Annual statistical returns and brief notes on vaccination in Bengal - 1909-1929
Year: 1909
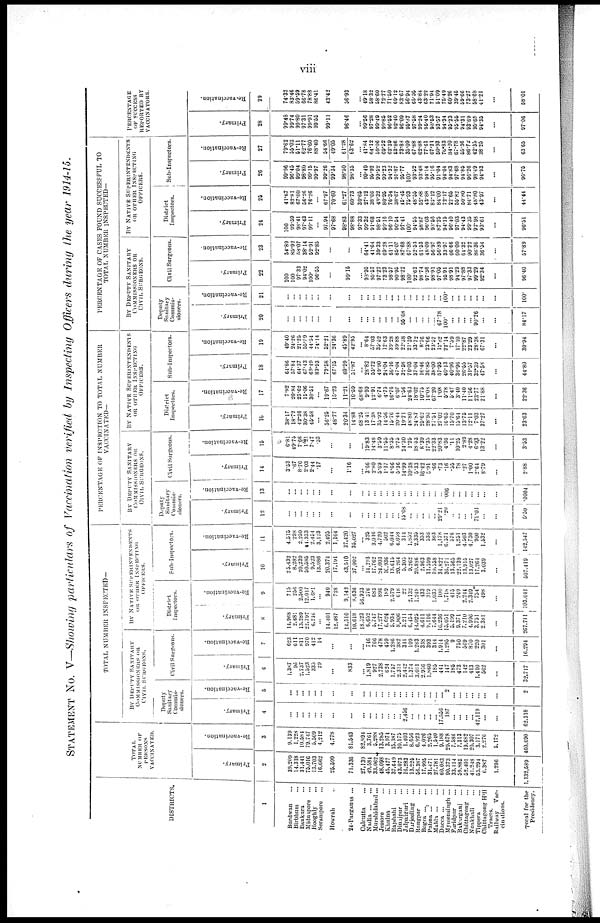
viii
STATEMENT No. V—Showing particulars of Vaccination verified by Inspecting Officers during the year 1914-15.
DISTRICTS.
1
Burdwan ...
Birbhum ...
Bankura ...
Midnapore ...
Hooghly ...
Serampore ...
Howrah ...
24-Parganas ...
Calcutta ...
Nadia
...
...
Murshidabad...
Jessore ...
Khulna ...
Rajshahi ...
Dinajpur ...
Julpaiguri
...
Darjeeling ...
Rangpur ...
Bogra
...
...
Pabna
...
...
Malda
...
...
Dacca
...
...
Mymensingh ...
Faridpur ...
Bakarganj ...
Chittagong ...
Noakhali ...
Tippera ...
Chittagong Hil1
Tracts.
Railway Vac¬
cinations.
Total for the
Presidency.
TOTAL
NUMBER OF
PERSONS
VACCINATED.
Primary.
2
39,209
14,318
31,441
75,016
13,703
16,662
25,599
71,336
27,139
49,534
33,062
48,098
45,477
37,649
43,073
16,283
13,225
56,387
17,995
31,471
27,781
60,083
90,373
33,114
59,885
52,401
41,248
53,294
6,387
1,296
1,132,589
Re-vaccination.
3
9,139
1,228
10,584
79,747
5,509
4,212
4,778
81,543
82,894
3,761
5,288
13,285
3,974
15,387
10,175
1,403
8,656
6,923
4,026
2,265
1,540
9,188
29,678
7,586
7,313
19,682
20,307
3,171
2,276
5,172
460,690
TOTAL NUMBER INSPECTED—
BY DEPUTY SANITARY
COMMISSIONERS OR
CIVIL SURGEONS.
Deputy
Sanitary
Commis-
sioners.
Primary.
4
...
...
...
...
... ...
...
...
...
...
...
...
...
...
... 2,456
...
... ...
... ...
17,556
187
...
...
... ...
42,119
...
...
62,318
Re-vaccination.
5
. . .
...
...
...
...
...
...
...
...
...
...
...
...
...
...
...
...
...
...
...
...
... 2
...
...
...
...
...
...
...
2
Civil Surgeons.
Primary.
6
1,387
96
2,737
1,523
335
29
...
833
... 1,819
927
2,738
624
1,757
2,311
2,442
1,374
3,011
2,936
1,860
185
441
147
185
473
142
413
1,410
562
...
32,717
Re-vaccination.
7
623
611
811
970
412
14
...
...
...
746
766
478
459
1,286
382
311
109
1,283
338
393
344
1,914
1,295
9
750
569
870
220
301
...
16,294
BY NATIVE SUPERINTENDENTS
OR OTHER INSPECTING
OFFICERS.
District
Inspectors.
Primary.
8
14,968
2,681
13,289
22,797
6,216
...
14,401
12,487
14,510
10,618
18,523
6,652
5,747
17,277
6,624
5,934
8,806
3,211
6,154
14,025
4,611
9,116
7,644
16,236
15,051
5,199
9,371
7,210
4,996
3,751
2,381
...
267,711
Re-vaccination.
9
715
256
2,500
12,017
1,681
...
940
728
9,142
8,636
56,933
376
683
896
189
2,579
618
22
2,132
1,248
433
319
1,035
100
1,718
415
249
2,241
2,349
754
498
...
103,041
Sub-Inspectors.
Primary.
10
25,432
8,282
20,239
50,585
9,523
13,986
20,374
17,191
43,510
37,002
... 14,293
17,762
24,003
10,936
13,615
20,264
5,305
9,262
20,886
2,963
11,599
10,558
34,822
36,271
13,565
22,139
13,915
13,027
17,264
3,039
...
507,419
Re-vaccination.
11
4,515
298
2,250
44,333
2,454
3,123
2,495
1,164
37,420
35,027
... 325
3,016
4,720
502
6,044
4,058
314
1,852
2,335
353
536
363
1,178
6,571
576
1,251
4,503
4,730
900
1,532
...
142,547
PERCENTAGE OF INSPECTION TO TOTAL NUMBER
VACCINATED—
BY DEPUTY SANITARY
COMMISSIONERS OR
CIVIL SURGEONS.
Deputy
Sanitary
Commis-
sioners.
Primary.
12
...
...
...
... ...
...
...
...
...
...
...
... ...
...
... 15.08
... ...
...
...
... 29.21
.20
...
...
...
... 79.03
...
...
5.50
Re-vaccination.
13
...
...
...
...
...
...
...
...
...
...
...
... ...
...
...
...
...
...
...
...
...
...
.006
...
...
...
...
...
...
...
.0004
Civil Surgeons.
Primary.
14
3.53
.67
8.70
2.03
2.44
.17
...
1.16
... 3.66
2.80
5.69
1.37
4.66
5.36
14.99
10.38
5.33
16.42
5.91
.66
.73
.16
.55
78
.27
1.00
2.64
8.79
...
2.88
Re-vaccination.
15
6.81
49.75
7.66
1.21
7.47
.33
...
...
... 19.83
14.48
3.59
11.55
8.35
3.75
24.30
1.25
18.53
8.39
17.35
22.33
20.83
4.36
.11
10.25
2.89
4.28
6.93
13.22
...
3.53
BY NATIVE SUPERINTENDENTS
OR OTHER INSPECTING
OFFICERS.
District
Inspectors.
Primary.
16
38.17
18.72
42.26
30.38
45.58
...
56.25
48.77
20.34
14.88
68.25
13.41
17.38
35.92
14.56
15.76
20.44
19.71
48.80
24.87
25.62
28.96
27.51
27.02
16.65
15.70
15.64
13.75
12.11
7.03
37.27
...
23.63
Re-vaccination.
17
7.82
20.84
23.62
15.06
30.51
...
19.67
15.23
11.21
10.59
68.68
9.99
12.91
6.74
4.75
16.76
6.07
1.56
24.63
18.02
10.75
14.08
67.20
1.08
5.78
5.47
3.40
11.40
11.56
23.77
21.88
...
22.36
Sub-Inspectors.
Primary.
18
64.86
57.84
64.37
67.43
69.49
83.93
79.58
67.15
60.99
51.87
... 28.82
53.72
49.90
24.04
36.16
47.04
32.58
70.03
37.04
16.46
36.85
38.00
57.95
40.13
40.96
36.96
26.55
31.57
32.39
47.58
...
44.80
Re-vaccination.
19
49.40
24.26
21.25
55.59
44.54
74.14
52.21
24.36
45.89
42.95
...
8.64
57.03
35.52
12.63
39.28
39.88
22.38
21.39
33.72
8.76
23.66
23.57
12.82
22.14
7.59
17.10
22.87
23.29
28.38
67.31
...
30.94
PERCENTAGE OF CASES FOUND SUCCESSFUL TO
TOTAL NUMBER INSPECTED—
BY DEPUTY SANITARY
COMMISSIONERS OR
CIVIL SURGEONS.
Deputy
Sanitary
Commis-
sioners.
Primary.
20
...
...
...
...
...
...
...
...
...
...
...
...
... ...
... 95.68
...
...
...
...
... 67.78
100.
... ...
...
... 90.26
...
...
84.17
Re-vaccination.
21
...
...
...
...
...
...
...
...
...
...
...
...
...
...
...
...
...
...
...
...
...
... 100.
...
...
...
...
...
...
...
100.
Civil Surgeons.
Primary.
22
100
100
97.33
94.02
100.
96.55
...
99.15
... 93.95
95.57
97.22
73.23
98.57
90.95
98.22
100.
92.62
98.74
97.36
98.91
97.05
95.91
98.91
94.29
97.88
97.33
99.29
92.34
...
96.40
Re-vaccination.
23
54.89
85.92
58.07
38.14
52.91
92.85
...
...
... 64.41
41.64
39.33
69.28
61.11
85.07
87.68
67.88
52.53
61.53
48.09
56.97
56.89
33.97
66.66
60.00
64.32
90.22
86.36
36.54
...
57.89
BY NATIVE SUPERINTENDENTS
OR OTHER INSPECTING
OFFICERS.
District
Inspectors.
Primary.
24
100
99.59
98.41
97.43
99.11
...
97.94
97.68
98.83
98.88
97.33
99.32
91.68
98.51
99.16
96.10
90.54
97.41
100.
94.55
98.87
96.03
93.56
87.25
94.15
96.40
97.03
94.43
99.35
92.98
93.61
...
96.51
Re-vaccination.
25
41.67
82.81
67.00
56.26
76.26
...
67.97
70.60
61.27
60.73
30.65
27.12
38.08
48.32
80.95
76.34
38.67
45.45
75.93
48.55
52.88
43.88
82.12
84.00
72.17
22.65
55.82
50.80
84.71
48.80
43.97
...
44.44
Sub-Inspectors.
Primary.
26
99.96
96.45
99.04
98.80
99.15
99.97
99.26
99.34
98.50
98.35
...
99.49
95.92
99.52
99.23
94.32
91.87
95.77
100.
93.52
93.48
94.14
95.16
91.04
94.04
94.83
97.68
94.85
96.26
98.49
94.93
...
96.75
Re-vaccination.
27
79.62
55.03
61.11
62.77
76.60
88.40
54.66
49.05
61.28
63.62
... 41.84
64.12
59.06
69.52
62.39
53.86
73.88
35.09
67.88
62.88
77.61
67.21
50.93
76.83
84.20
67.78
55.36
86.72
42.35
38.25
...
63.65
PERCENTAGE
OF SUCCESS
REPORTED BY
VACCINATORS.
Primary.
28
99.48
99.74
99.80
97.31
99.91
99.55
99.11
96.46
...
99.56
97.28
99.49
99.85
96.52
92.40
96.09
95.87
97.58
99.24
95.40
98.53
93.57
94.34
95.33
95.56
94.31
93.69
95.65
94.35
...
97.06
Re-vaccination.
29
74.32
83.46
59.59
66.78
78.88
86.41
43.42
56.93
...
49.18
58.32
58.60
72.77
71.50
69.12
83.67
56.94
65.95
43.84
63.22
71.94
51.09
75.49
60.26
39.46
59.66
73.27
58.68
41.21
...
58.01